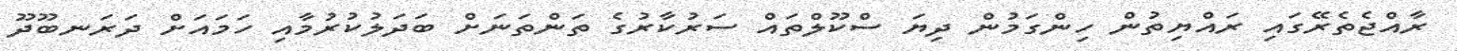
ރާއްޖެތެރޭގައި ރައްޔިތުން ހިންގަމުން ދިޔަ ސްކޫލްތައް ސަރުކާރުގެ ތަންތަނަށް ބަދަލުކުރުމާއި ހަމައަށް ދަރަނބޫދޫ